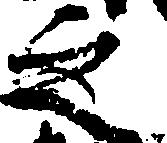
之